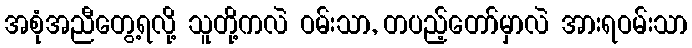
အစုံအညီတွေ့ရလို့ သူတို့ကလဲ ဝမ်းသာ, တပည့်တော်မှာလဲ အားရဝမ်းသာ